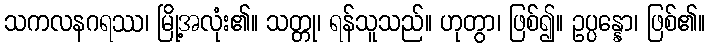
သကလနဂရဿ၊ မြို့အလုံး၏။ သတ္တု၊ ရန်သူသည်။ ဟုတွာ၊ ဖြစ်၍။ ဥပ္ပန္နော၊ ဖြစ်၏။